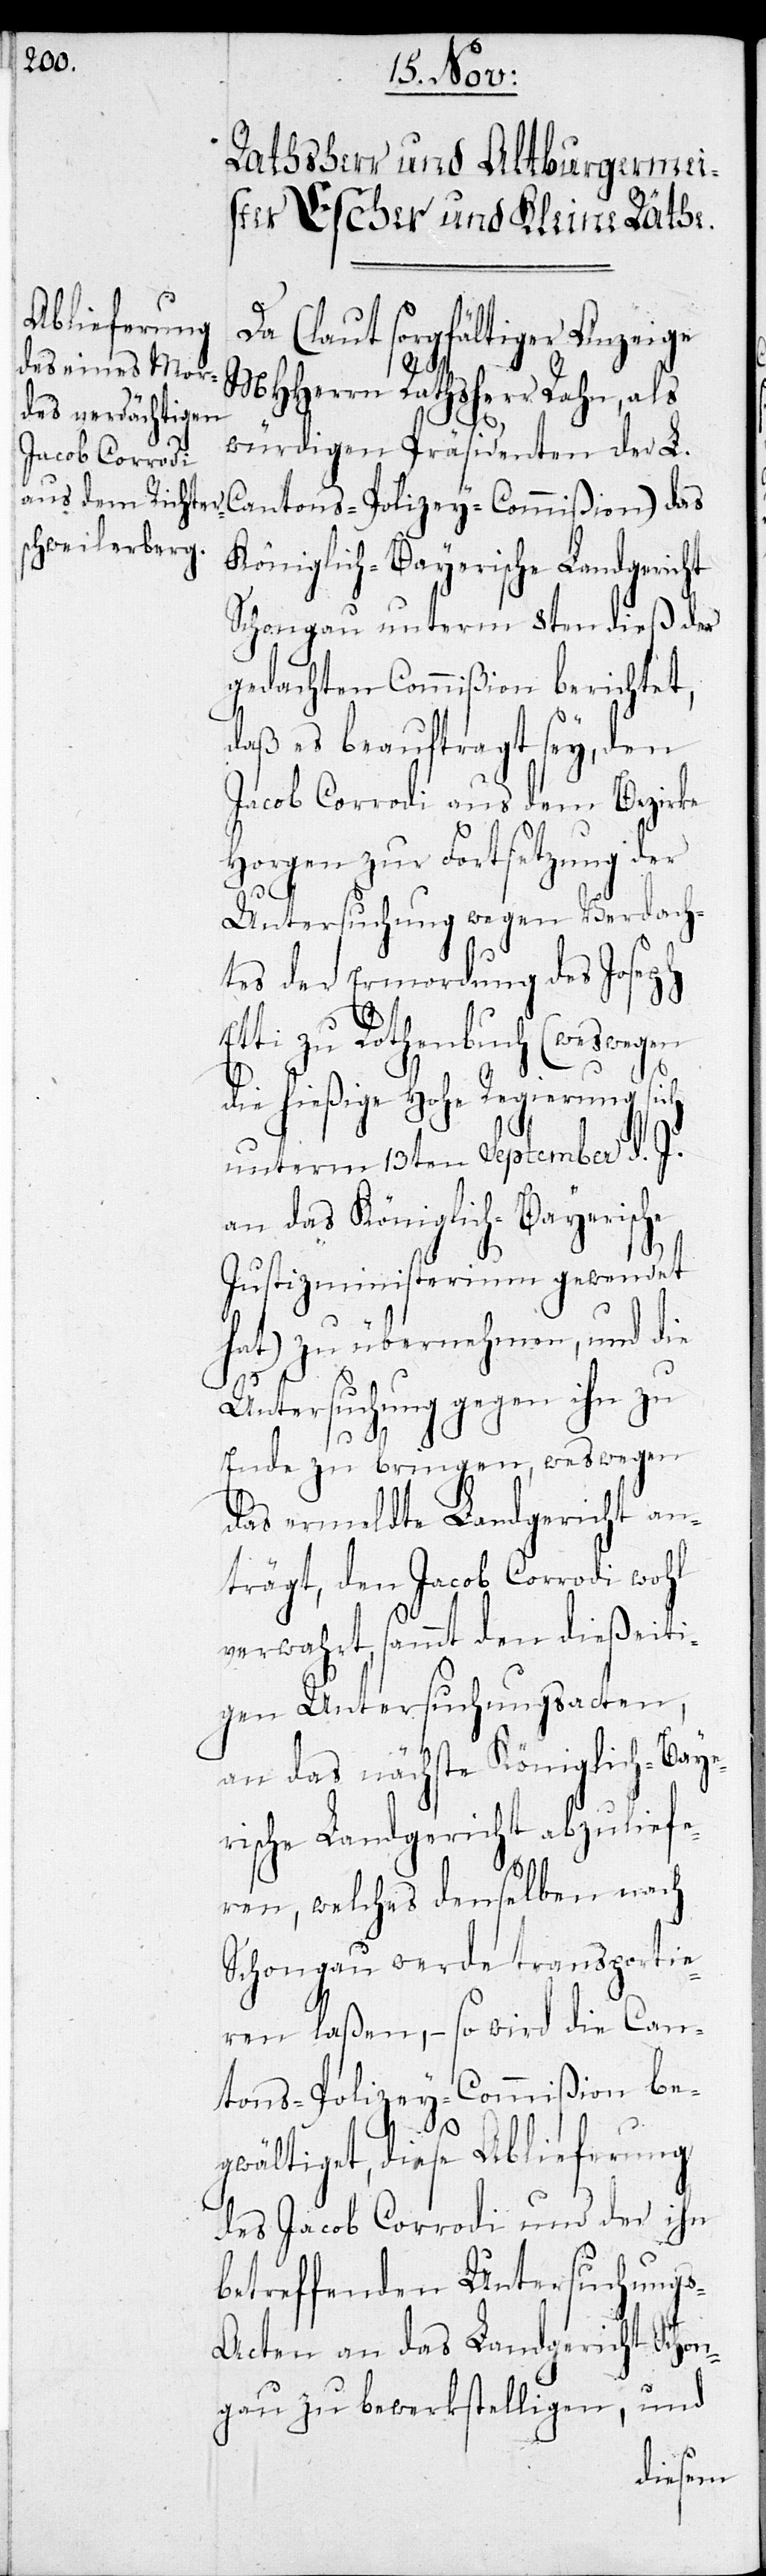
Da (laut sorgfältiger Anzeige
MHHerrn Rathsherr Rahn, als
würdigen Präsidenten der L.
Cantons-Polizey-Commißion) das
Königlich-Bayerische Landgericht
Schongau unterm 8ten dieß der
gedachten Commißion berichtet,
daß es beauftragt sey, den
Jacob Corrodi aus dem Bezirke
Horgen zur Fortsetzung der
Untersuchung wegen Verdach¬
tes der Ermordung des Joseph
Etti zu Rothenbuch (weswegen
die hießige Hohe Regierung sich
unterm 13ten September d. J.
an das Königlich-Bayerische
Justizministerium gewendet
hat) zu übermachen, und die
Untersuchung gegen ihn zu
Ende zu bringen, weswegen
das ermeldte Landgericht an¬
trägt, den Jacob Corrodi wohl
verwahrt, sammt den dießeiti¬
gen Untersuchungsacten,
an das nächste Königlich-Baye¬
rische Landgericht abzuliefe¬
ren, welches denselben nach
Schongau werde transportie¬
ren laßen, – so wird die Can¬
tons-Polizey-Commißion be¬
gwältiget, diese Ablieferung
des Jacob Corrodi und der ihn
betreffenden Untersuchung¬
s-Acten an das Landgericht Schon¬
und
gau zu bewerkstelligen,